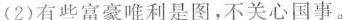
(2)有些富豪唯利是图，不关心国事。